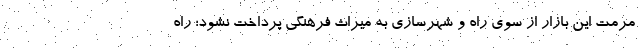
مرمت این بازار از سوی راه و شهرسازی به میراث فرهنگی پرداخت نشود؛ راه